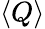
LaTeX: \left<Q\right>